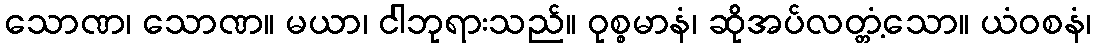
သောဏ၊ သောဏ။ မယာ၊ ငါဘုရားသည်။ ဝုစ္စမာနံ၊ ဆိုအပ်လတ္တံ့သော။ ယံဝစနံ၊